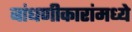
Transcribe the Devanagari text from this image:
बांधणीकारांमध्ये